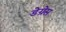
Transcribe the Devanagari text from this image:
डेग्रेस